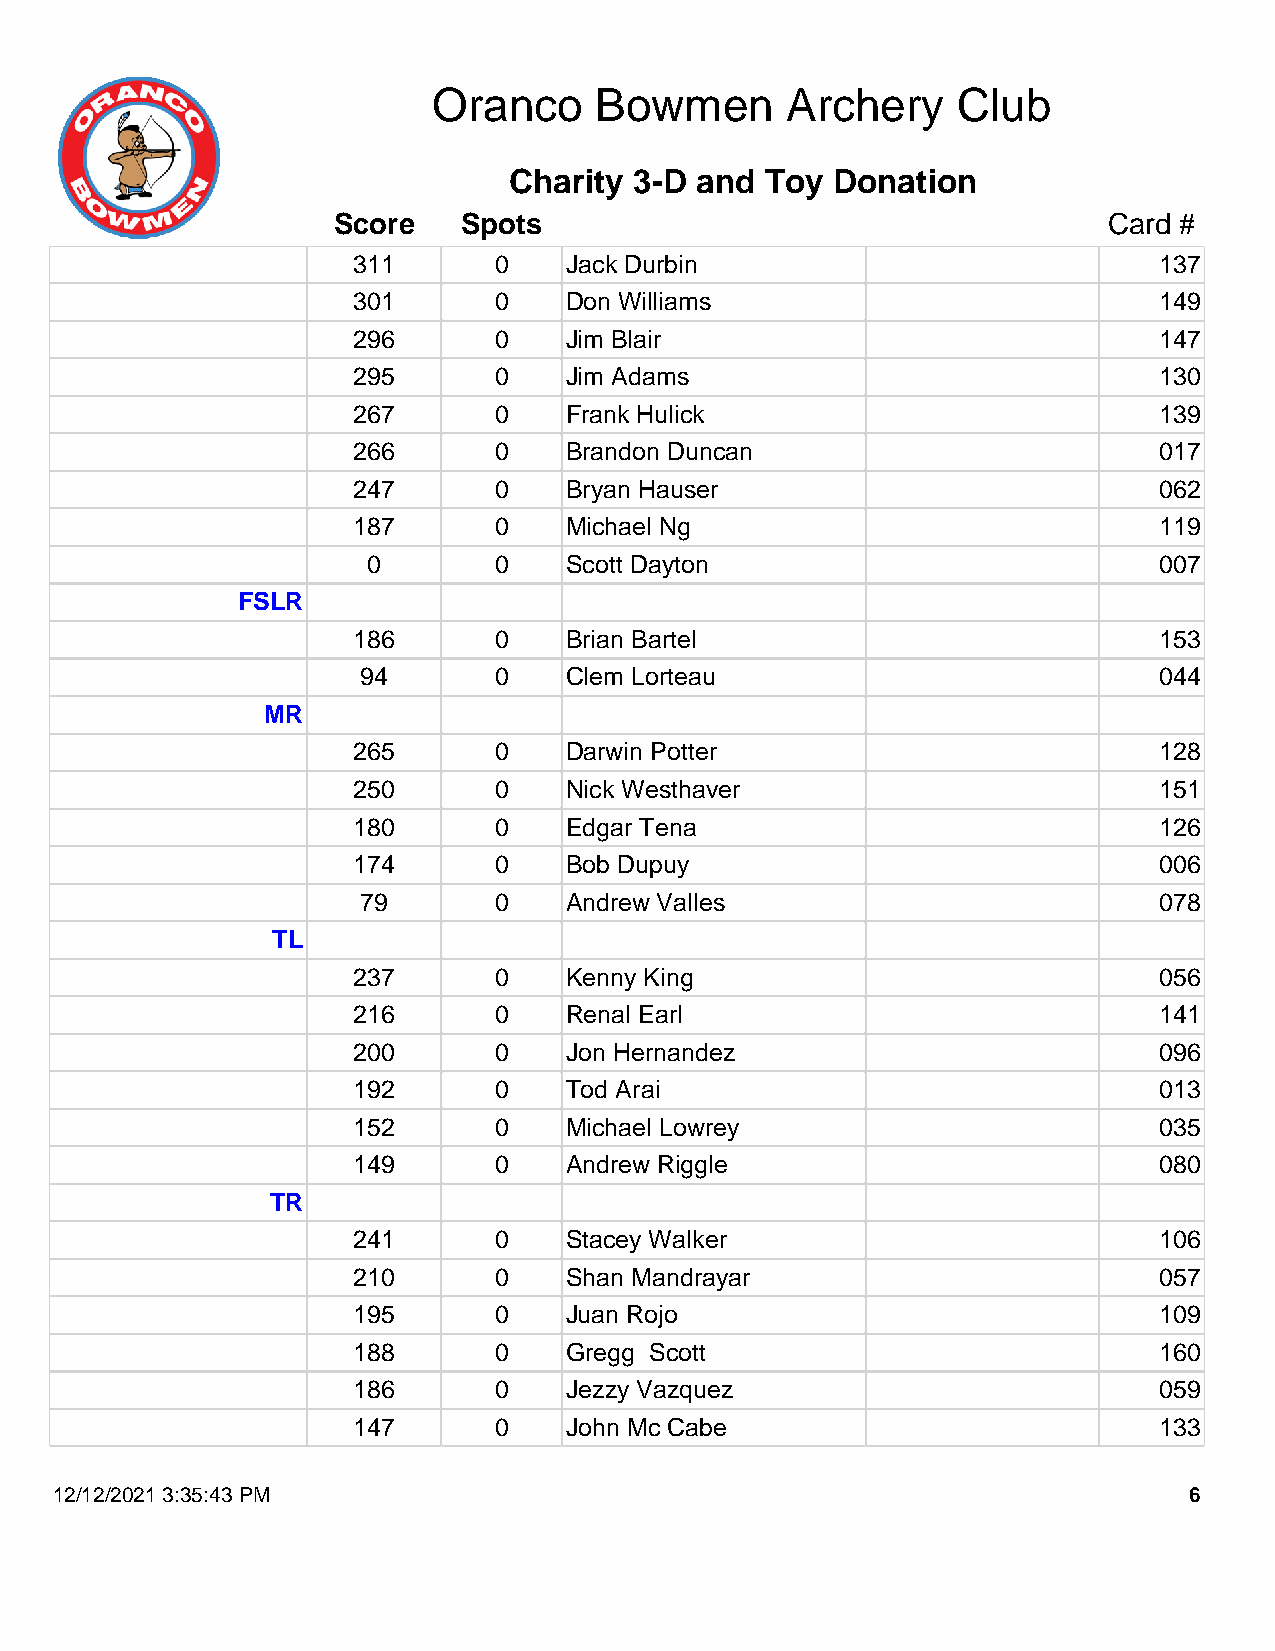
Oranco    Bowmen       Archery    Club
 Charity 3-D and  Toy Donation
 Score    Spots                                     Card #
 311       0   Jack Durbin                             137
 301       0   Don Williams                            149
 296       0   Jim Blair                               147
 295       0   Jim Adams                               130
 267       0   Frank Hulick                            139
 266       0   Brandon Duncan                          017
 247       0   Bryan Hauser                            062
 187       0   Michael Ng                              119
 0        0   Scott Dayton                            007
 FSLR
 186       0   Brian Bartel                            153
 94       0   Clem Lorteau                            044
 MR
 265       0   Darwin Potter                           128
 250       0   Nick Westhaver                          151
 180       0   Edgar Tena                              126
 174       0   Bob Dupuy                               006
 79       0   Andrew Valles                           078
 TL
 237       0   Kenny King                              056
 216       0   Renal Earl                              141
 200       0   Jon Hernandez                           096
 192       0   Tod Arai                                013
 152       0   Michael Lowrey                          035
 149       0   Andrew Riggle                           080
 TR
 241       0   Stacey Walker                           106
 210       0   Shan Mandrayar                          057
 195       0   Juan Rojo                               109
 188       0   Gregg Scott                             160
 186       0   Jezzy Vazquez                           059
 147       0   John Mc Cabe                            133
 12/12/2021 3:35:43 PM                                                      6